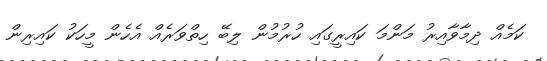
ކަމެއް ދިމާވާއިރު މަންމަ ކައިރީގައި ހުރުމުން ލިބޭ ހިތްވަރެއް އެހެން މީހަކު ކައިރިން